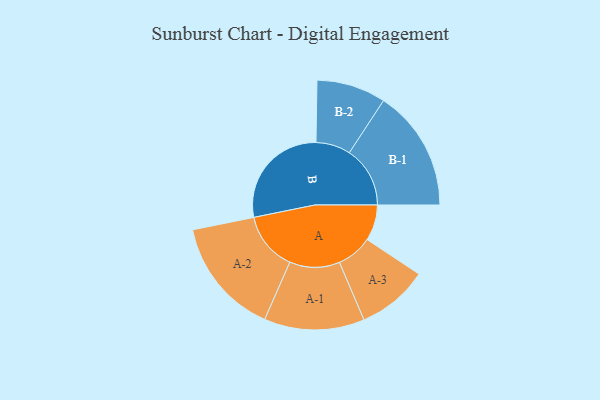
{"axis": {"x": "Segment", "y": "Value"}, "legend": ["", "A", "B"], "data": [{"x": "A", "y": 139, "type": ""}, {"x": "B", "y": 424, "type": ""}, {"x": "A-1", "y": 194, "type": "A"}, {"x": "A-2", "y": 227, "type": "A"}, {"x": "A-3", "y": 138, "type": "A"}, {"x": "B-1", "y": 235, "type": "B"}, {"x": "B-2", "y": 134, "type": "B"}]}